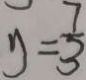
y = \frac { 7 } { 3 }